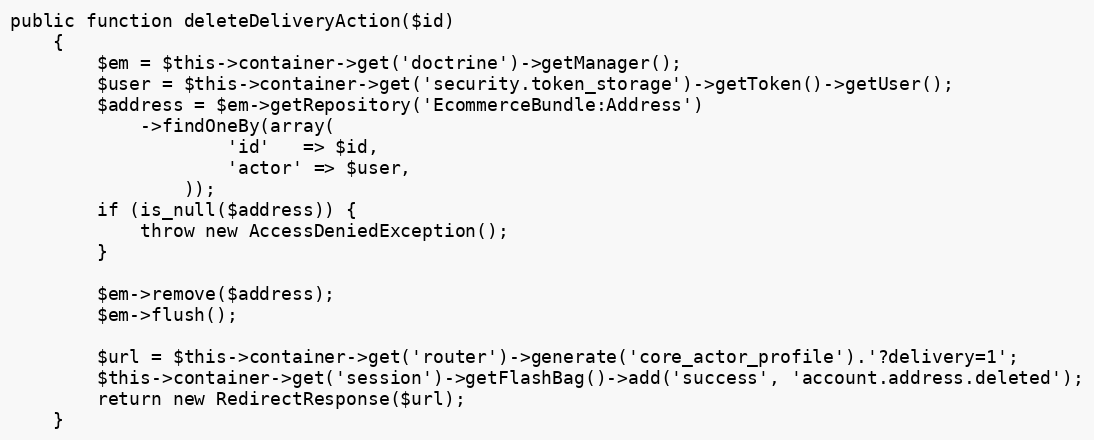
Language: PHP
public function deleteDeliveryAction($id)
    {
        $em = $this->container->get('doctrine')->getManager();
        $user = $this->container->get('security.token_storage')->getToken()->getUser();
        $address = $em->getRepository('EcommerceBundle:Address')
            ->findOneBy(array(
                    'id'   => $id,
                    'actor' => $user,
                ));
        if (is_null($address)) {
            throw new AccessDeniedException();
        }

        $em->remove($address);
        $em->flush();

        $url = $this->container->get('router')->generate('core_actor_profile').'?delivery=1';
        $this->container->get('session')->getFlashBag()->add('success', 'account.address.deleted');
        return new RedirectResponse($url);
    }